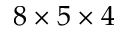
8 \times 5 \times 4